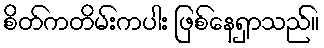
စိတ်ကတိမ်းကပါး ဖြစ်နေရှာသည်။